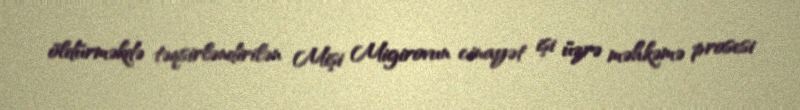
öldürməkdə təqsirləndirilən Mişi Migirovun cinayət işi üzrə məhkəmə prosesi